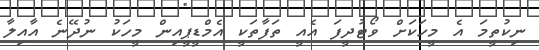
ނިކުތީމަ އެ މީހަކަށް ވޯޓުދީފަ އެއީ ތަފާތަކީ އެމްޑީޕީއިން މީހަކު ނުދޭނެ އާއިލާ